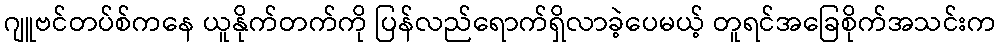
ဂျူဗင်တပ်စ်ကနေ ယူနိုက်တက်ကို ပြန်လည်ရောက်ရှိလာခဲ့ပေမယ့် တူရင်အခြေစိုက်အသင်းက